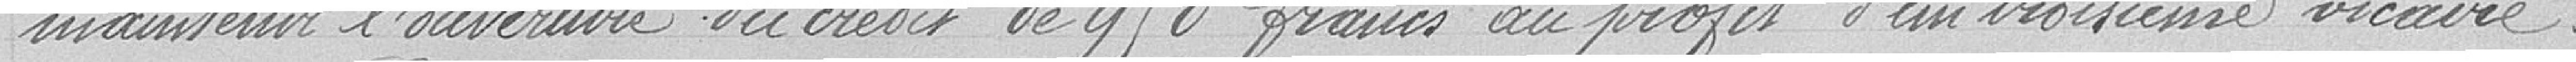
maintenir l'ouverture du crédit de 950 francs au profit d'un troisième vicaire.